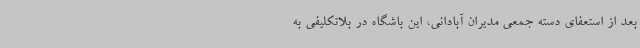
بعد از استعفای دسته جمعی مدیران آبادانی، این باشگاه در بلاتکلیفی به